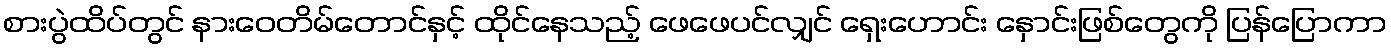
စားပွဲထိပ်တွင် နားဝေတိမ်တောင်နှင့် ထိုင်နေသည့် ဖေဖေပင်လျှင် ရှေးဟောင်း နှောင်းဖြစ်တွေကို ပြန်ပြောကာ